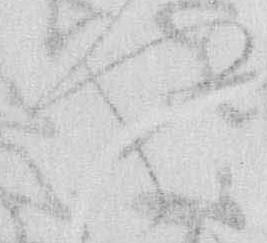
や